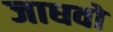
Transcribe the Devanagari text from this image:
जाधवों